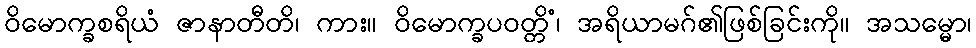
ဝိမောက္ခစရိယံ ဇာနာတီတိ၊ ကား။ ဝိမောက္ခပဝတ္တိံ၊ အရိယာမဂ်၏ဖြစ်ခြင်းကို။ အသမ္မော၊